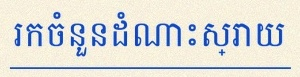
រកចំនួនដំណោះស្រាយ